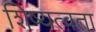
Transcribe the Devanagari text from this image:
शिष्यत्वता